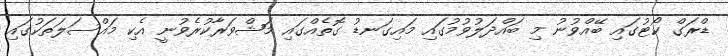
ޑްރަގް ކޯޓުގައި ބޭއްވުނު މި ބައްދަލުވުމުގައި މައިގަނޑު ގޮތެއްގައި މަޝްވަރާކުރެވުނީ އެކި މައްސަލަތަކުގައި